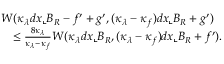
\begin{array} { r l } { \lefteqn { W ( \kappa _ { \lambda } d x \llcorner B _ { R } - f ^ { \prime } + g ^ { \prime } , ( \kappa _ { \lambda } - \kappa _ { f } ) d x \llcorner B _ { R } + g ^ { \prime } ) } } \\ & { \le \frac { 8 \kappa _ { \lambda } } { \kappa _ { \lambda } - \kappa _ { f } } W ( \kappa _ { \lambda } d x \llcorner B _ { R } , ( \kappa _ { \lambda } - \kappa _ { f } ) d x \llcorner B _ { R } + f ^ { \prime } ) . } \end{array}